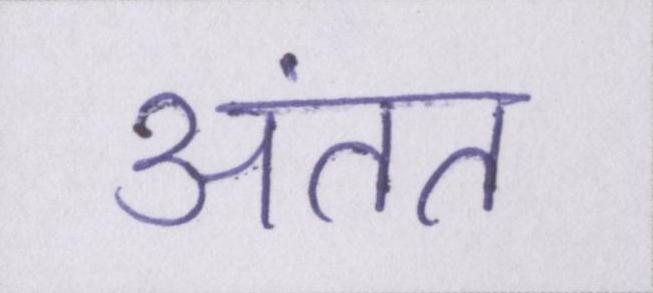
अंतत